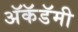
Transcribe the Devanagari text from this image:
अॅकॅडॅमी